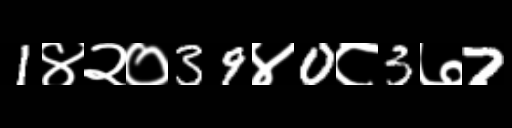
Text: 1४२०39४0८3७7